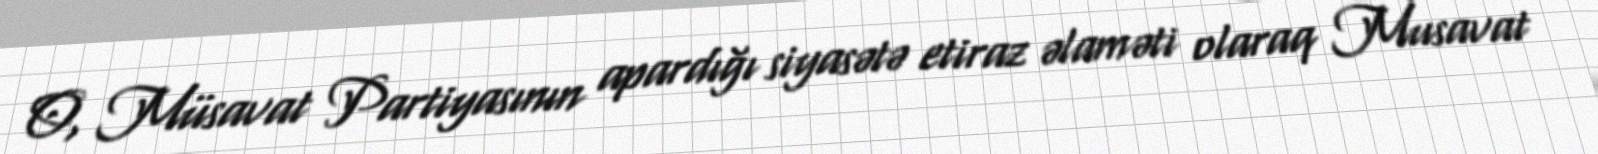
O, Müsavat Partiyasının apardığı siyasətə etiraz əlaməti olaraq Musavat